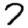
Digit: 7